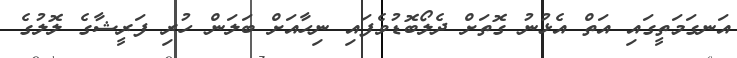
އަނގަމަތީގައި އަތް އެޅުނު ގޮތަށް ދެލޯބޮޑުވެފައި ނިހާއަށް ބަލަން ހުރި ފަރީޝާގެ ލޮލުގެ